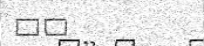
١٢